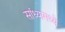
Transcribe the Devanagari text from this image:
सांध्यामध्ये